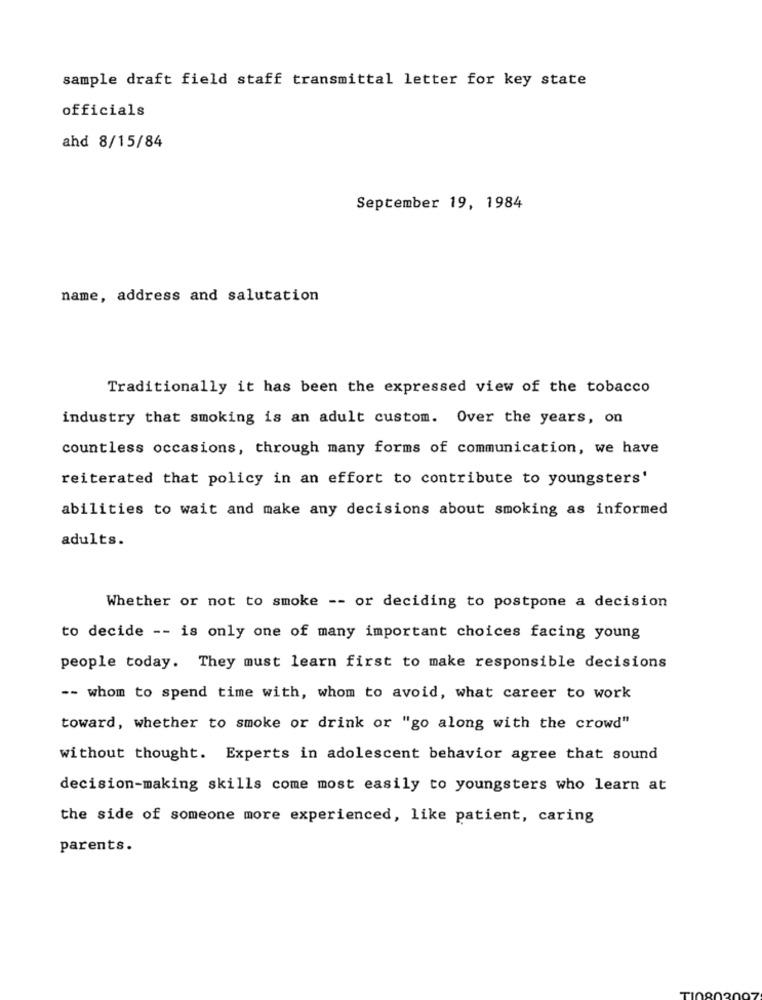
sample draft field staff transmittal letter for key state
officials
ahd 8/15/84
September 19, 1984
name, address and salutation
Traditionally it has been the expressed view of the tobacco
industry that smoking is an adult custom. Over the years, on
countless occasions, through many forms of communication, we have
reiterated that policy in an effort to contribute to youngsters'
abilities to wait and make any decisions about smoking as informed
adults.
Whether or not to smoke -- or deciding to postpone a decision
to decide -- is only one of many important choices facing young
people today. They must learn first to make responsible decisions
-- whom to spend time with, whom to avoid, what career to work
toward, whether to smoke or drink or "go along with the crowd"
without thought. Experts in adolescent behavior agree that sound
decision-making skills come most easily to youngsters who learn at
the side of someone more experienced, like patient, caring
parents.